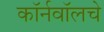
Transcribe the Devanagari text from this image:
कॉर्नवॉलचे